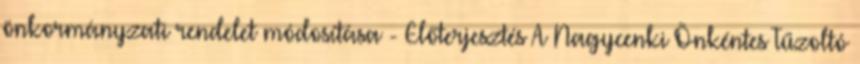
önkormányzati rendelet módosítása - Előterjesztés A Nagycenki Önkéntes Tűzoltó